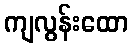
ကျလွန်းထော